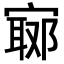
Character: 𡪅